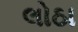
લોઠા